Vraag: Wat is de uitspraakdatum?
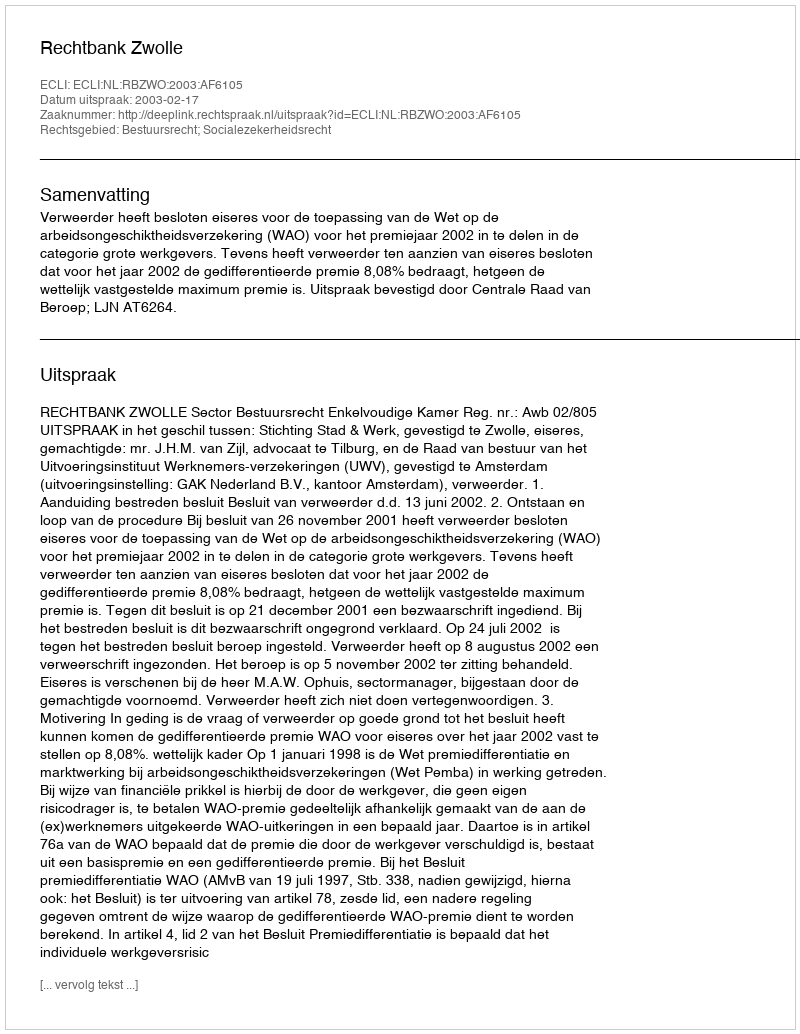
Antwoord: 2003-02-17